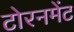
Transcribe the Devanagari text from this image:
टोरनमेंट